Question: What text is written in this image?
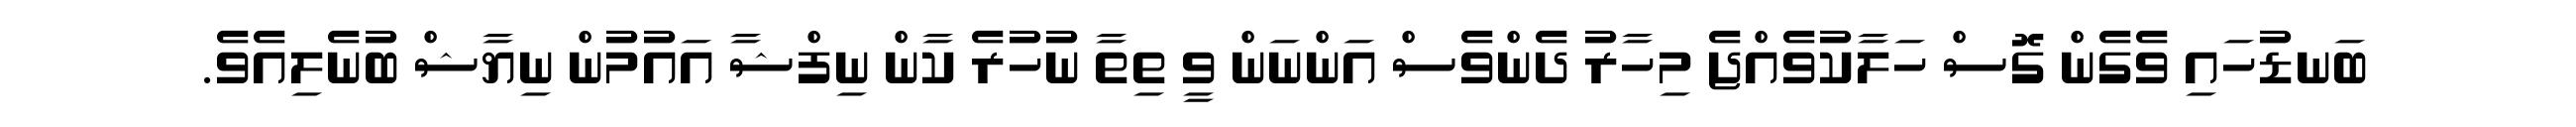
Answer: ބަނޑުހައި ވެގެން ގޮސް ހަލާކުވެއްޖެ މިހާރު ދެންވެސް އަންނަން ވީ ތިތާ ނުހުރެ ކާން ނިފްޝާ އައުމުން ނިޔާޝް ބުނެލިއެވެ.